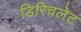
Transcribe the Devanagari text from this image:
डिरिचलेट